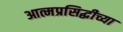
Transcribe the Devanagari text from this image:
आत्मप्रसिद्धीच्या